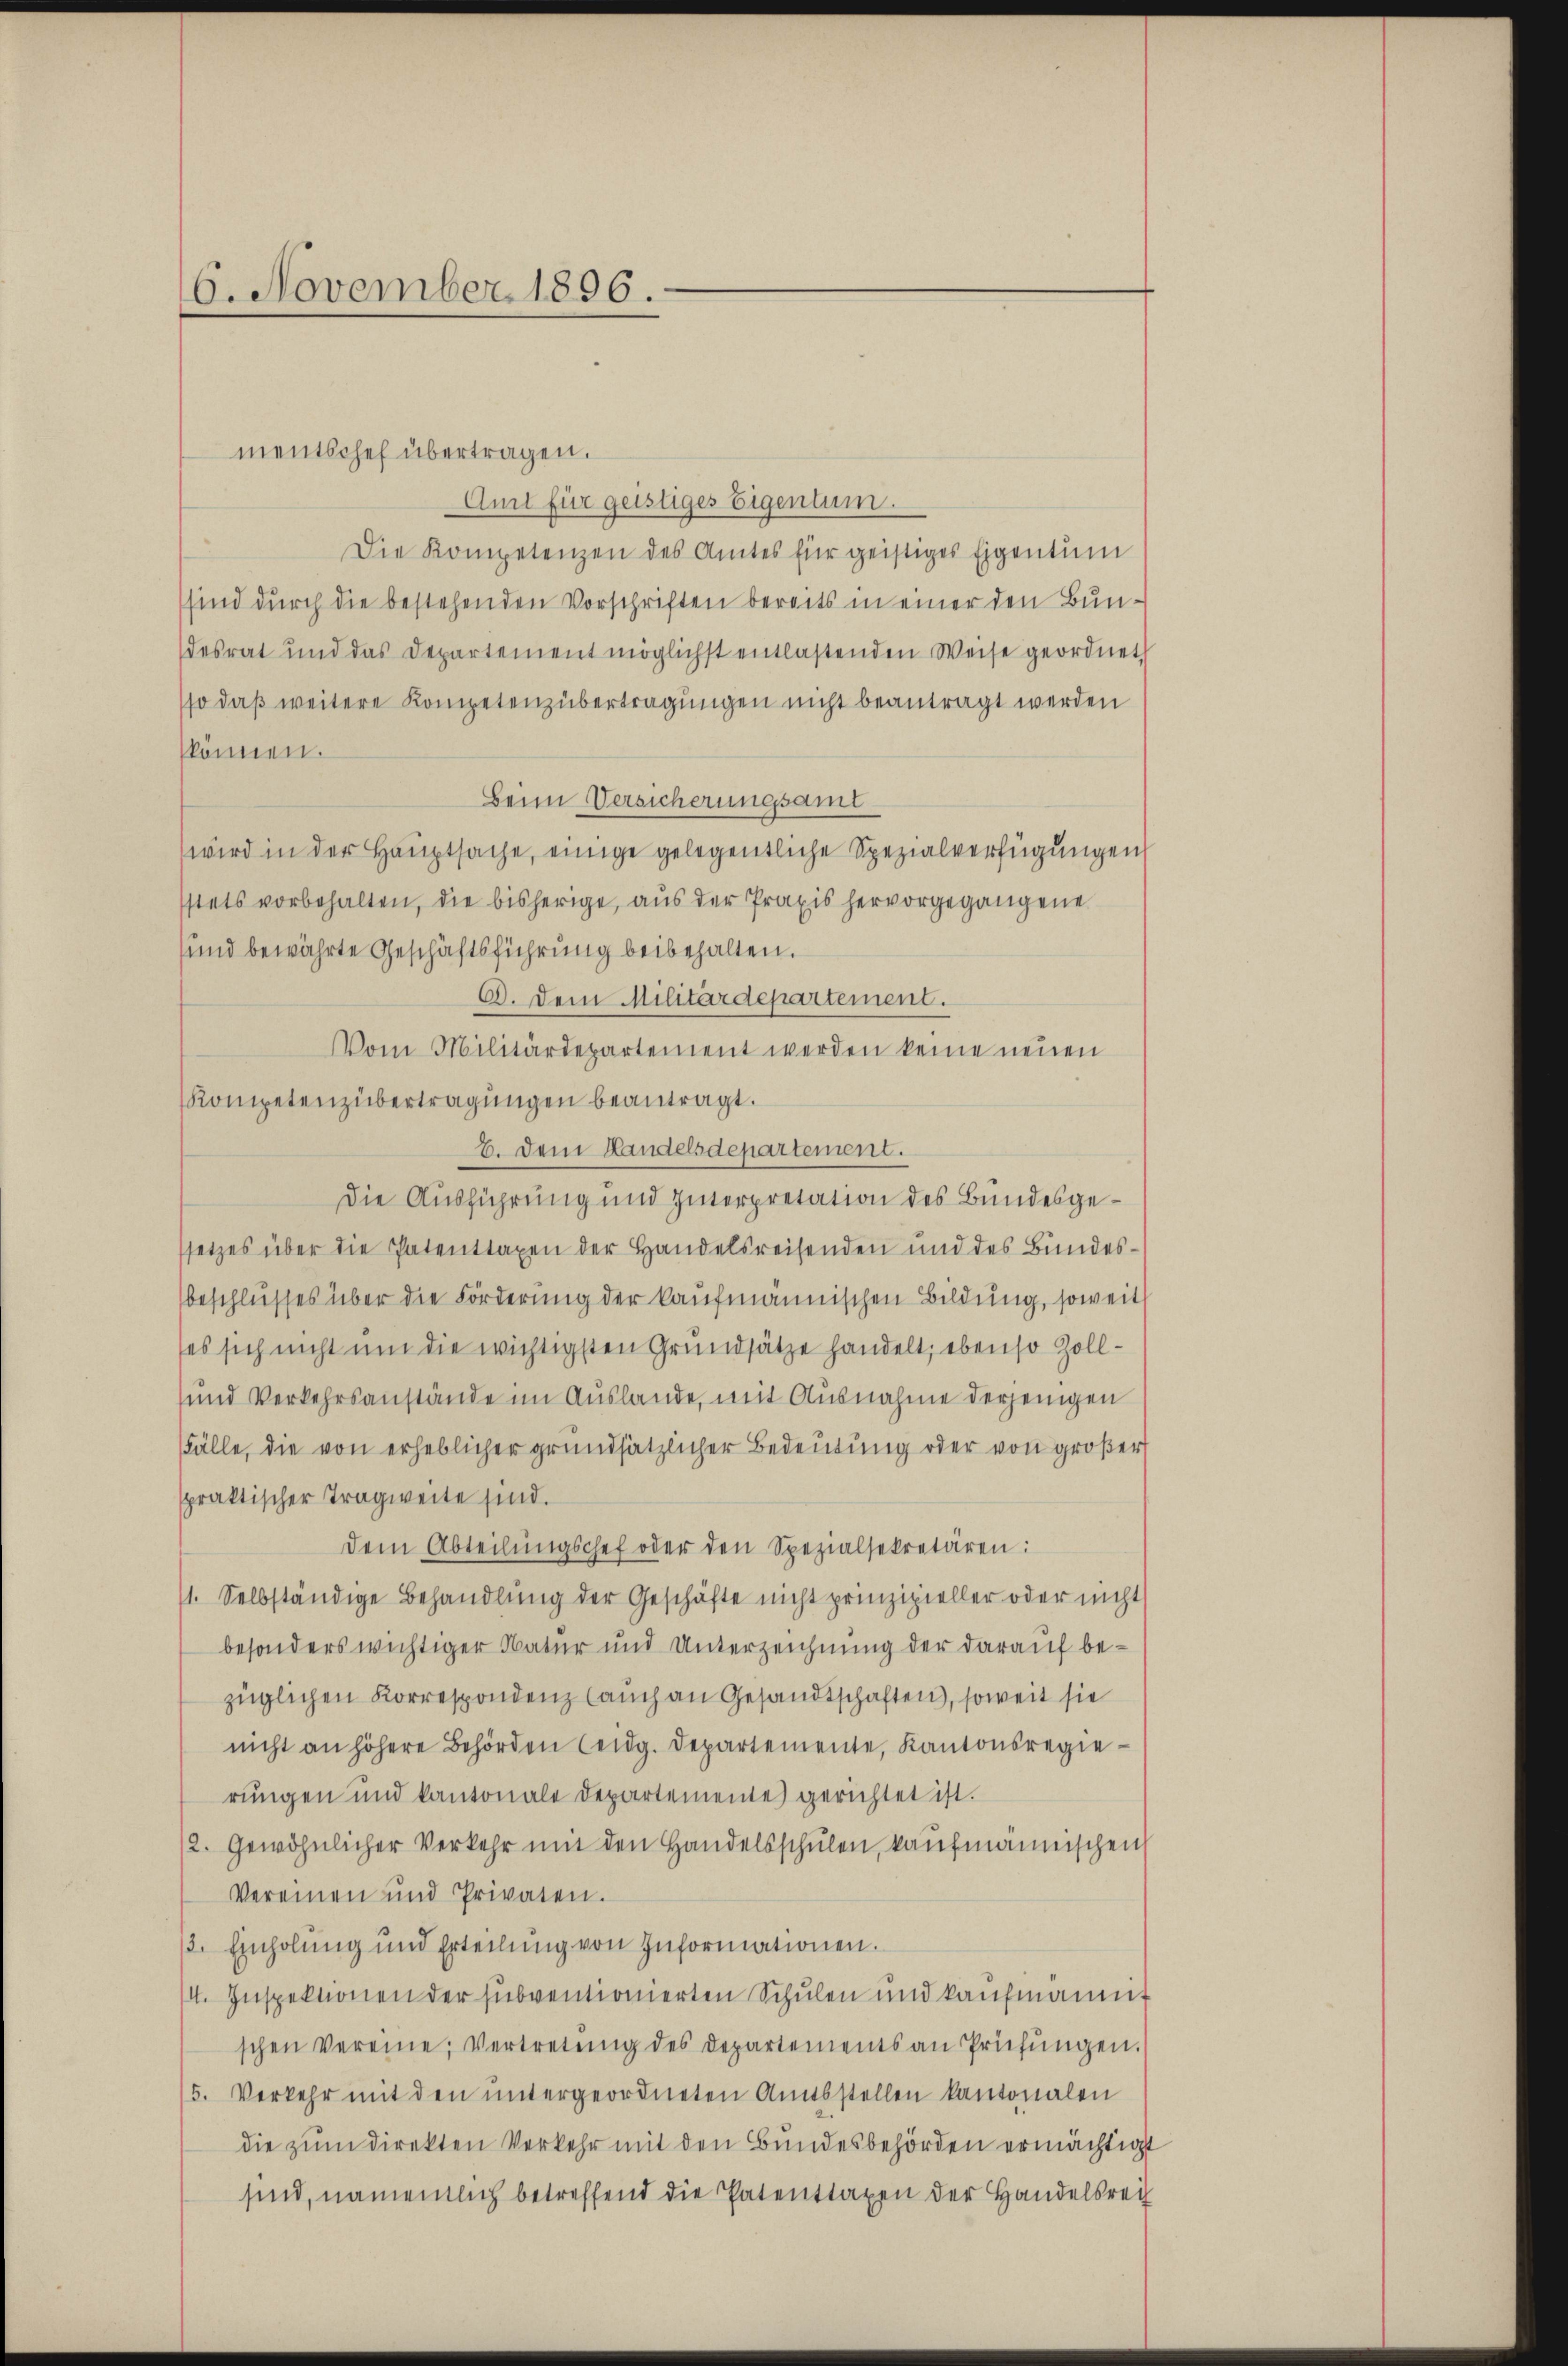
6. November 1896.

mentschef übertragen.
Amt für geistiges Eigentum.
Die Kompetenzen des Amtes für geistiges Eigentum
sind durch die bestehenden Vorschriften bereits in einer den Bundesrat und das Departement möglichst entlassenden Weise geordnet
sso daß weitere Kompetenzübertragungen nicht beantragt werden
können.
Beim Versicherungsamt
wird in der Hauptsache, einige gelegentliche Spezialverfügungen
stets vorbehalten, die bisherige, aus der Praxis hervorgegangene
und bewährte Geschäftsführung beibehalten.
C. Dem Militärdepartement.
Vom Militärdepartement werden keine neuen
Kompetenzübertragungen beantragt.
E. Dem Handelsdepartement.
Die Ausführung und Interpretation des Bundesgesetzes über die Patenttaxen der Handelsreisenden und des Bundesbeschlusses über die Förderung der kaufmännischen Bildung, soweit
es sich nicht um die wichtigsten Grundsätze handelt; ebenso Zoll¬
und Verkehrsanstände im Auslande, mit Ausnahme derjenigen
Fälle, die von erheblicher grundsätzlicher Bedeutung oder von größer
praktischer Tragweite sind.
dem Abteilŭngschef oder den Spezialsekretären:
11. Selbständige Behandlung der Geschäfte nicht prinzipieller oder nicht
besonders wichtiger Natur und Unterzeichnung der darauf bezüglichen Korrespondenz (auch an Gesandtschaften, soweit sie
nicht an höhere Behörden leidg. Departemente, Kantonsregierungen und kantonale Departemente gerichtet ist.
2. Gewöhnlicher Verkehr mit den Handelsschulen, kaufmännischen
Vereinen und Privaten.
13. Einholung und Erteilŭng von Zŭformationen.
14. Inspektionen der subventionierten Schulen und kaufmannit
schen Vereine Vertretŭng des Departements an Prüfŭngen.
5. Verkehr mit den untergeordneten Amtsstellen kantonalen
die zum Direkten Verkehr mit den Bundesbehörden ermächtigt
sind, namentlich betreffend die Patenttaxen der Handelsrei